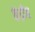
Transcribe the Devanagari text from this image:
केंद्रीय